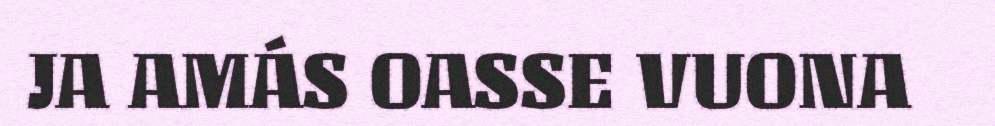
JA AMÁS OASSE VUONA